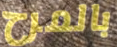
بالمرح